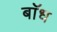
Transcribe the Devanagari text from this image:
बाॅध